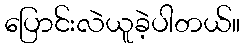
ပြောင်းလဲယူခဲ့ပါတယ်။